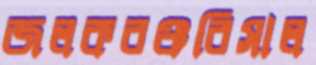
জলকবঞ্চরিসাল